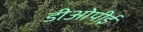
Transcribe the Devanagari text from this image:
डीओपीई